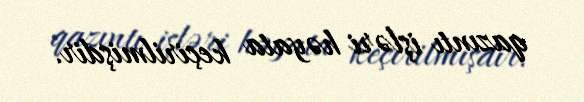
qazıntı işləri həyata keçirilmişdir.